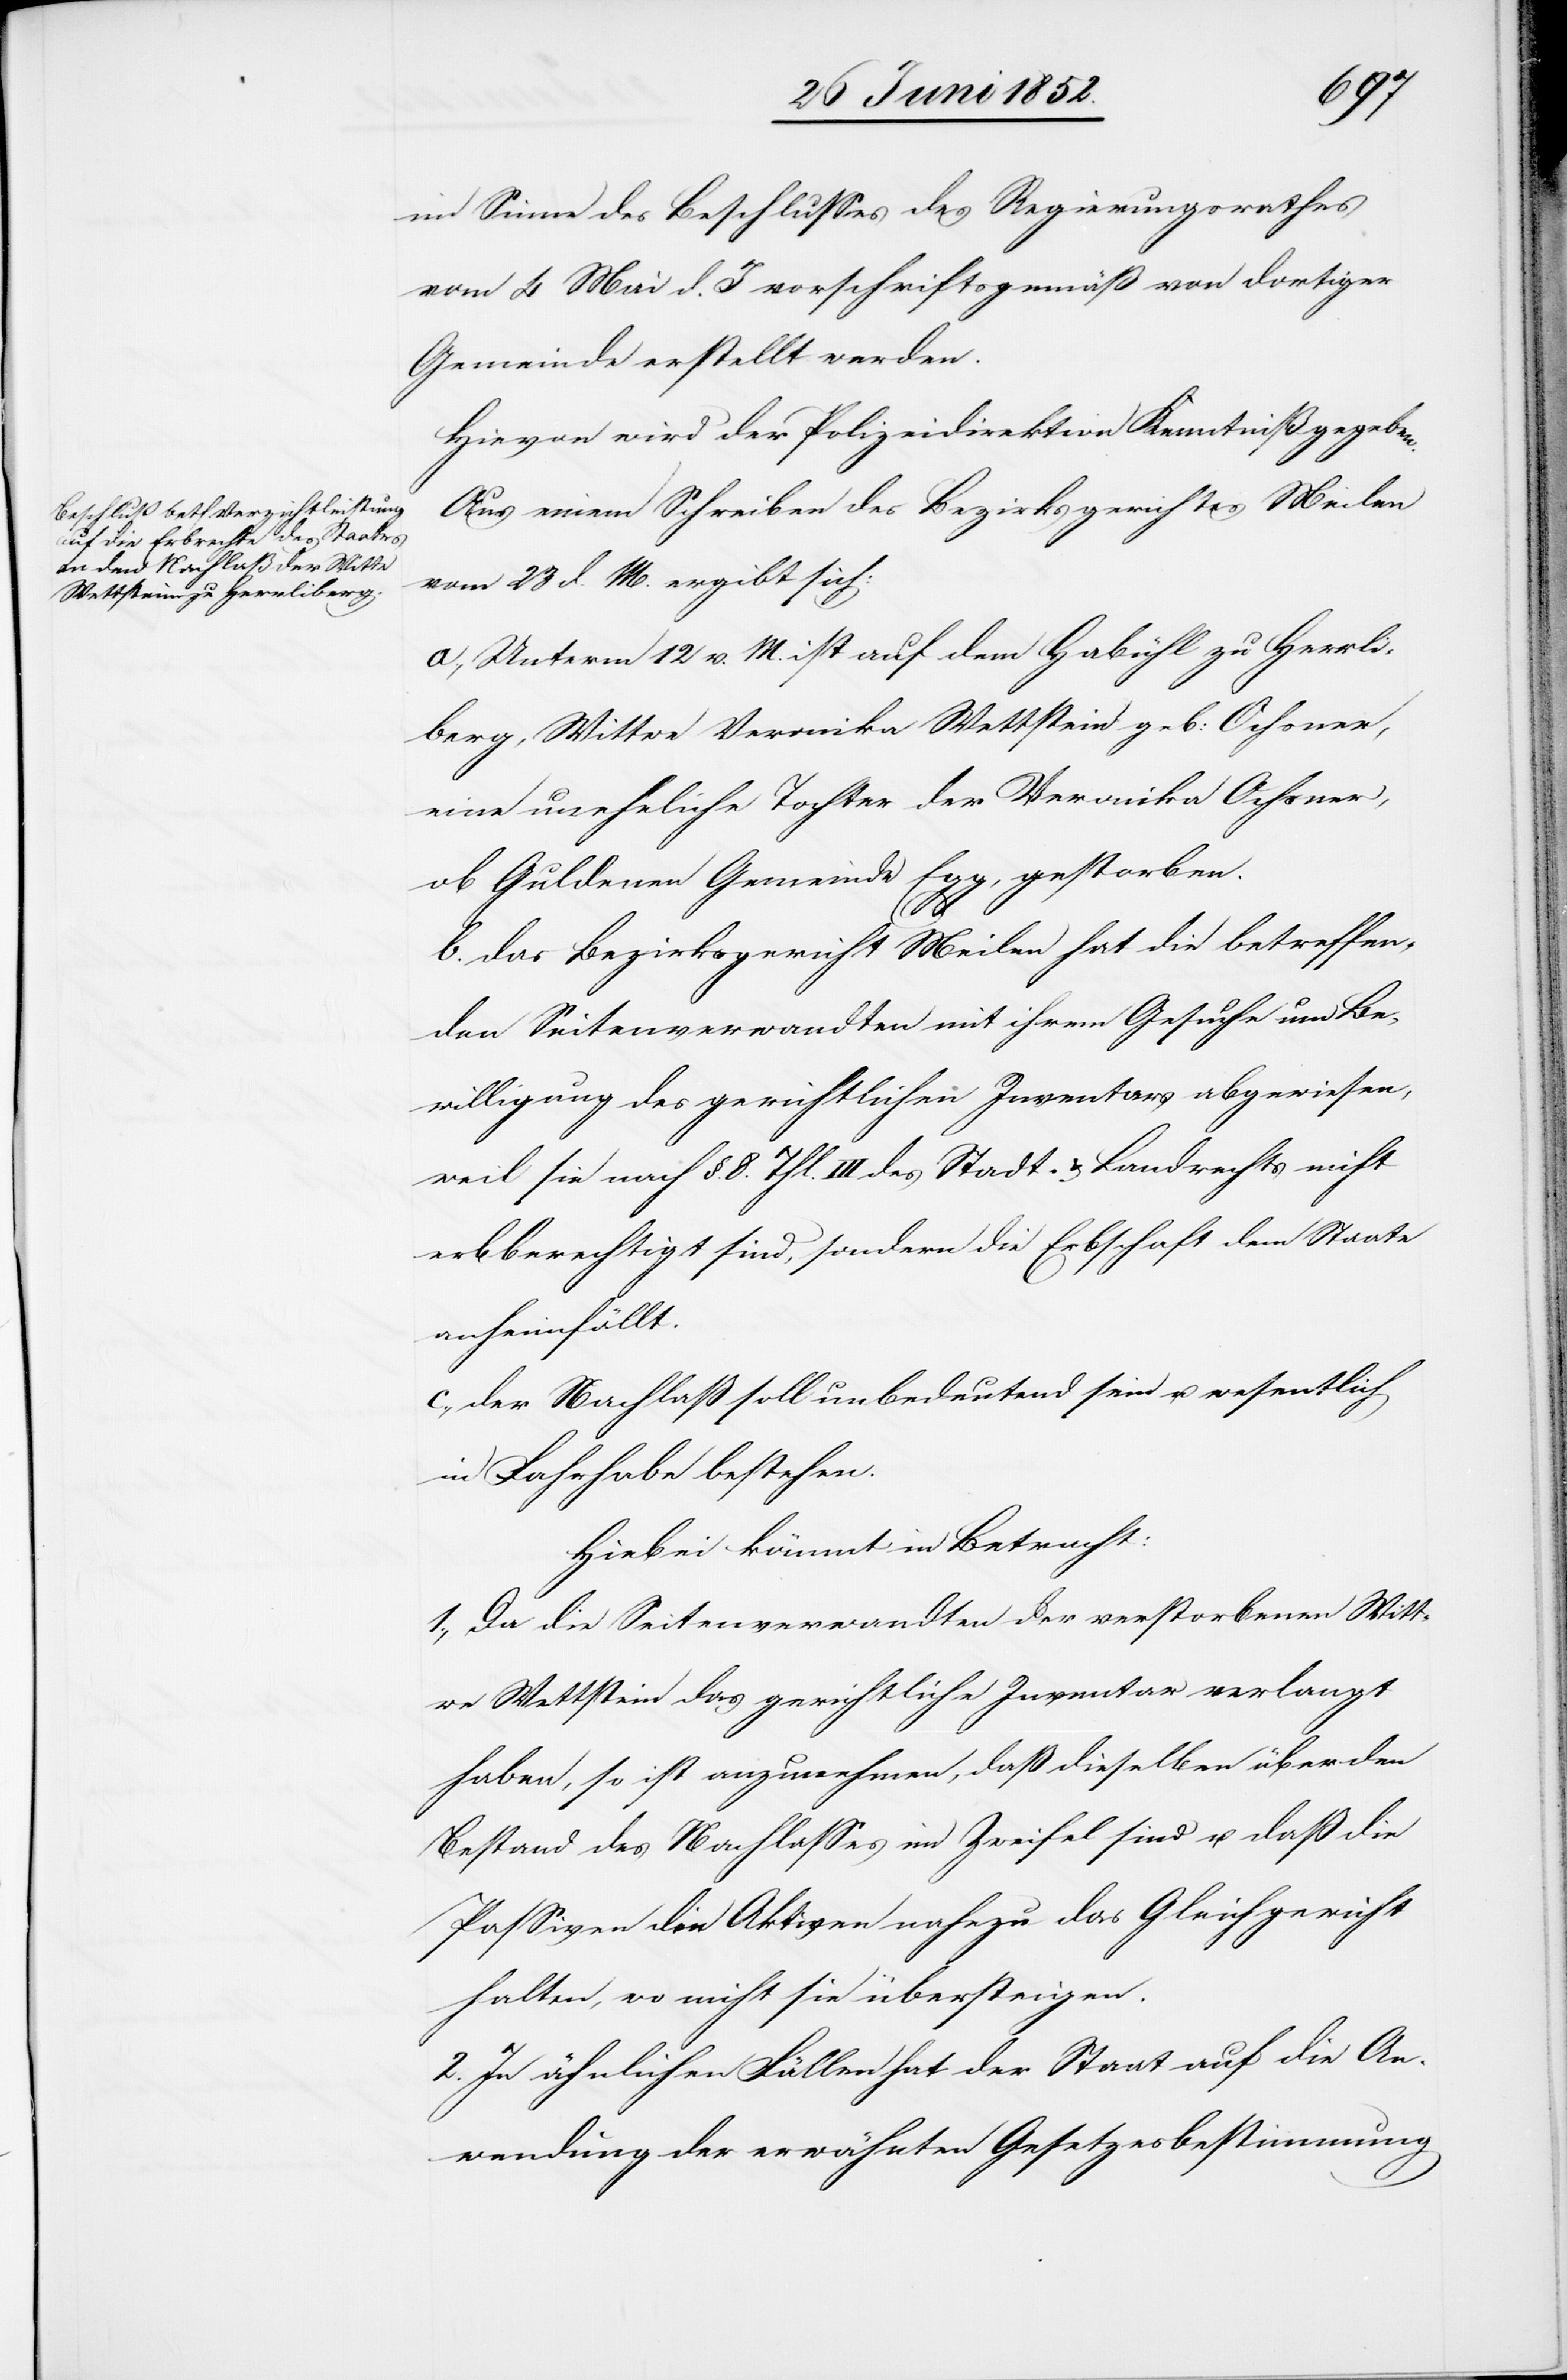
im Sinne des Beschlusses des Regierungsrathes
vom 4 Mai d. J vorschriftsgemäß von dortiger
Gemeinde erstellt werden.
Hievon wird der Polizeidirektion Kenntniß gegeben.
Aus einem Schreiben des Bezirksgerichtes Meilen
vom 23 d. M. ergibt sich:
a., Unterm 12 v. M. ist auf dem Habühl zu Herrli¬
berg, Wittwe Veronika Wettstein geb: Ochsner,
eine uneheliche Tochter der Veronika Ochsner,
ob Guldenen Gemeinde Egg, gestorben.
b. das Bezirksgericht Meilen hat die betreffen¬
den Seitenverwandten mit ihrem Gesuche um Be¬
willigung des gerichtlichen Inventars abgewiesen,
weil sie nach §. 8. Thl. III des Stadt- & Landrechts nicht
erbberechtigt sind, sondern die Erbschaft dem Staate
anheimfällt.
c., der Nachlaß soll unbedeutend sein u. wesentlich
in Fahrhabe bestehen.
Hiebei kömmt in Betracht:
1., Da die Seitenverwandten der verstorbenen Witt¬
we Wettstein das gerichtliche Inventar verlangt
haben, so ist anzunehmen, daß dieselben über den
Bestand des Nachlasses im Zweifel sind u. daß die
Passiven den Aktiven nahezu das Gleichgewicht
halten, wo nicht sie übersteigen.
2. In ähnlichen Fällen hat der Staat auf die An¬
wendung der erwähnten Gesetzesbestimmung